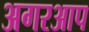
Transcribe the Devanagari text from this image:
अगरआप